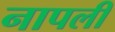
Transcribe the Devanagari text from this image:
नापली